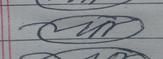
Signature authenticity: forged